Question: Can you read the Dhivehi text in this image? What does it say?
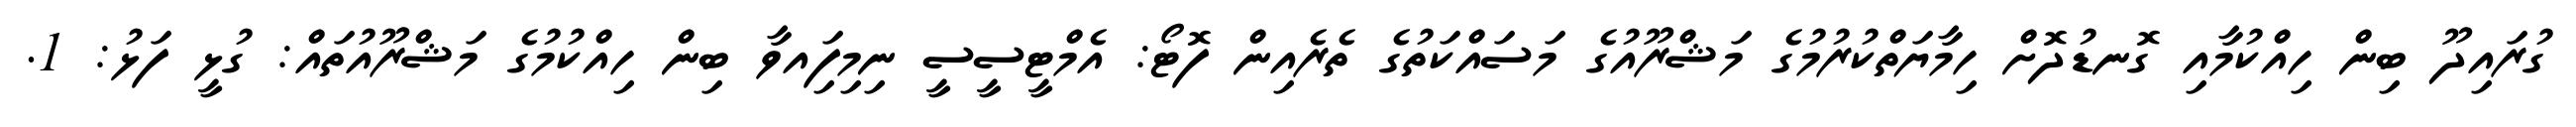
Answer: ގުރައިދޫ ބިން ހިއްކުމާއި ގޮނޑުދޮށް ހިމާޔަތްކުރުމުގެ މަޝްރޫއުގެ މަސައްކަތުގެ ތެރެއިން ފޮޓޯ: އެމްޓީސީސީ ނިމިފަިއވާ ބިން ހިއްކުމުގެ މަޝްރޫއުތައް: ގުޅީ ފަޅު: 1.